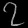
Digit: ၇